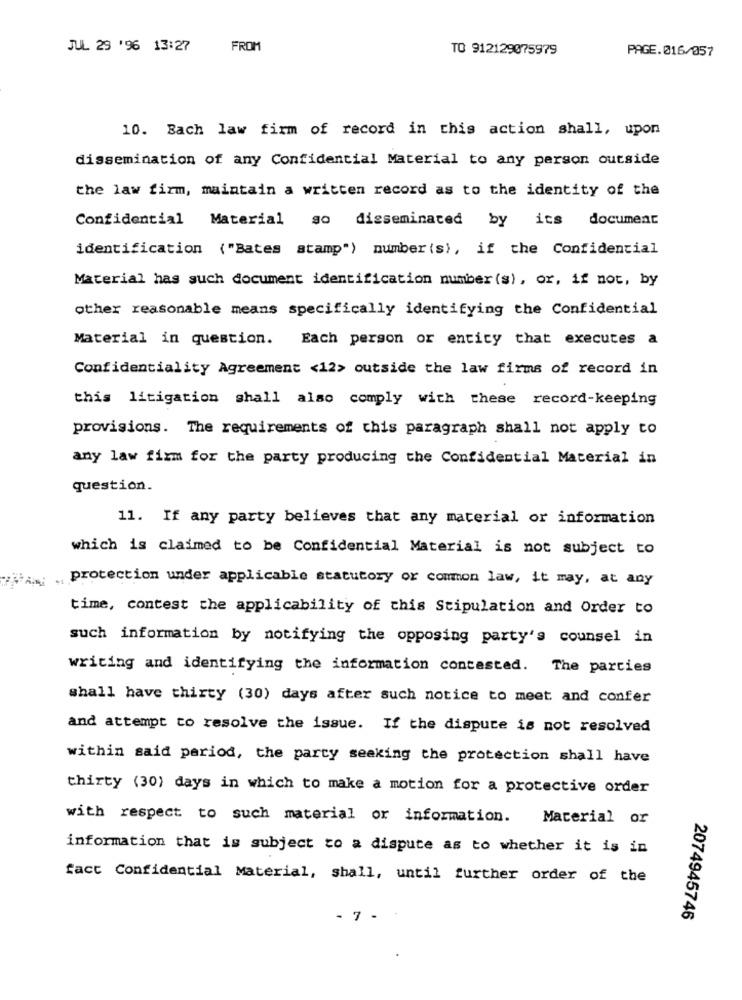
JUL 29 '96 13:27
FROM
TO 912129075979
PAGE.016/057
10. Bach law firm of record in this action shall, upon
dissemination of any Confidential Material to any person outside
the law firm, maintain a written record as to the identity of the
Confidential Material
go disseminated by its document
identification ("Bates stamp") number (s), if the Confidential
Material has such document identification number (s), or, if not, by
other reasonable means specifically identifying the Confidential
Material in question. Each person or entity that executes a
Confidentiality Agreement <12> outside the law firms of record in
this litigation shall also comply with these record-keeping
provisions. The requirements of this paragraph shall not apply to
any law firm for the party producing the Confidential Material in
question.
11. If any party believes that any material or information
which is claimed to be Confidential Material is not subject to
protection under applicable statutory or common law, it may, at any
time, contest the applicability of this Stipulation and Order to
such information by notifying the opposing party's counsel in
writing and identifying the information contested. The parties
shall have thirty (30) days after such notice to meet and confer
and attempt to resolve the issue. If the dispute is not resolved
within said period, the party seeking the protection shall have
thirty (30) days in which to make a motion for a protective order
with respect to such material or information.
Material or
information that is subject to a dispute as to whether it is in
fact Confidential Material, shall, until further order of the
- 7 -
2074945746